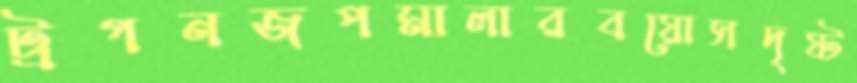
ট্রগনজপমালারবয়োসদৃষ্ট